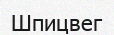
Шпицвег